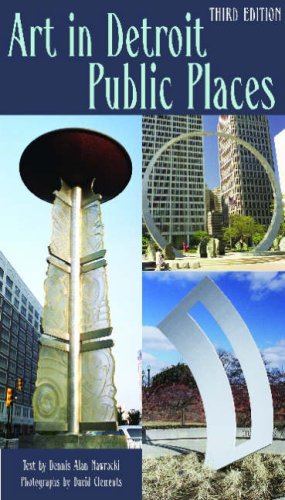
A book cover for Art in Detroit Public Places: Third Edition (Great Lakes Books Series); Dennis Alan Nawrocki; Travel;